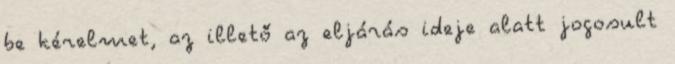
be kérelmet, az illető az eljárás ideje alatt jogosult